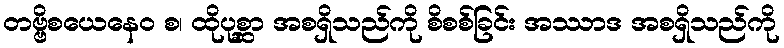
တဗ္ဗိစယေနေဝ စ၊ ထိုပုစ္ဆာ အစရှိသည်ကို စိစစ်ခြင်း အဿာဒ အစရှိသည်ကို